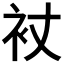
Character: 𧘓